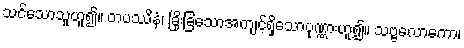
သင်သောသူဟူ၍။ တပဿိနံ၊ ခြိုးခြံသောအကျင့်ရှိသောပုဏ္ဏားဟူ၍။ သဗ္ဗလောကော၊